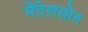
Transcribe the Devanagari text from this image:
मेंदेलसोन